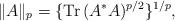
LaTeX: \begin{align*}\| A\|_p = \{{\mathrm{Tr\,}} (A^*A)^{p/2}\}^{1/p},\end{align*}